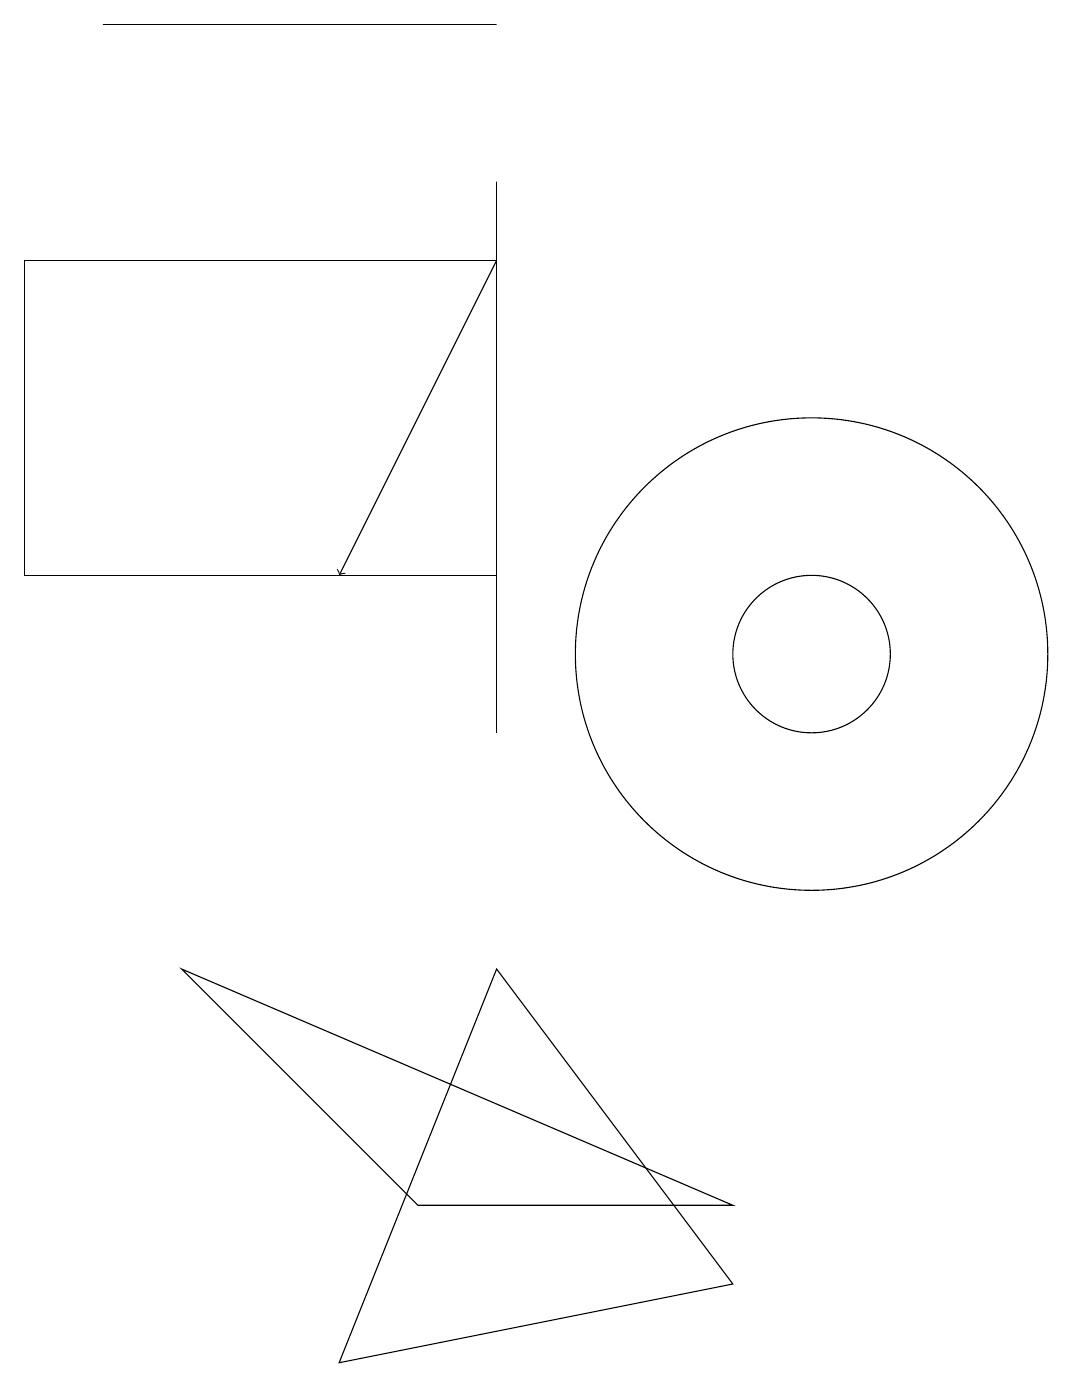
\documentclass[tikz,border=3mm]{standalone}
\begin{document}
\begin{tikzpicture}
\draw (6,12) rectangle (0,16);
\draw (6,19) rectangle (1,19);
\draw (10,11) circle (3);
\draw (6,7) -- (4,2) -- (9,3) -- cycle;
\draw (6,17) rectangle (6,10);
\draw (10,11) circle (1);
\draw[->] (6,16) -- (4,12);
\draw (9,4) -- (2,7) -- (5,4) -- cycle;
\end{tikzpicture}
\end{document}